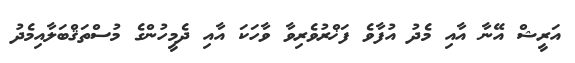
އަރީޝް އޭނާ އާއި މެދު އުފާވެ ފަޚްރުވެރިވާ ވާހަކަ އާއި ދެމީހުންގެ މުސްތަޤްބަލާއިމެދު